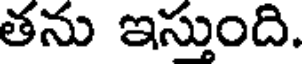
తను ఇస్తుంది.